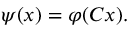
\psi ( x ) = \varphi ( C x ) .